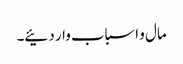
مال و اسباب وار دئیے۔